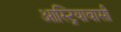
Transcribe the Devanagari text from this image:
आस्ट्रियावासी